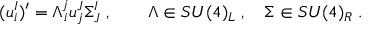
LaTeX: ( u _ { i } ^ { I } ) ^ { \prime } = \Lambda _ { i } ^ { j } u _ { j } ^ { J } \Sigma _ { J } ^ { I } \; , \qquad \Lambda \in { S U } ( 4 ) _ { L } \; , \quad \Sigma \in { S U } ( 4 ) _ { R } \; .